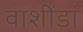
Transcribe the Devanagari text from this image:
वाशींडां